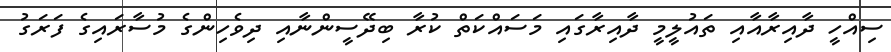
ސިއްހީ ދާއިރާއާއި ތައުލީމީ ދާއިރާގައި މަސައްކަތް ކުރާ ބިދޭސީންނާއި ދިވެހިންގެ މުސާރައިގެ ފަރަގު